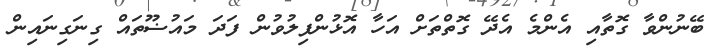
ބޭނުންވާ ގޮތާއި އެންމެ އެދޭ ގޮތްތަށް އަހާ އޮޅުންފިލުވުން ފަދަ މައުޟޫތައް ގިނަގިނައިން